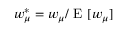
w _ { \mu } ^ { \ast } = w _ { \mu } / \mathrm { ~ E ~ } [ w _ { \mu } ]